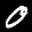
Label: 0